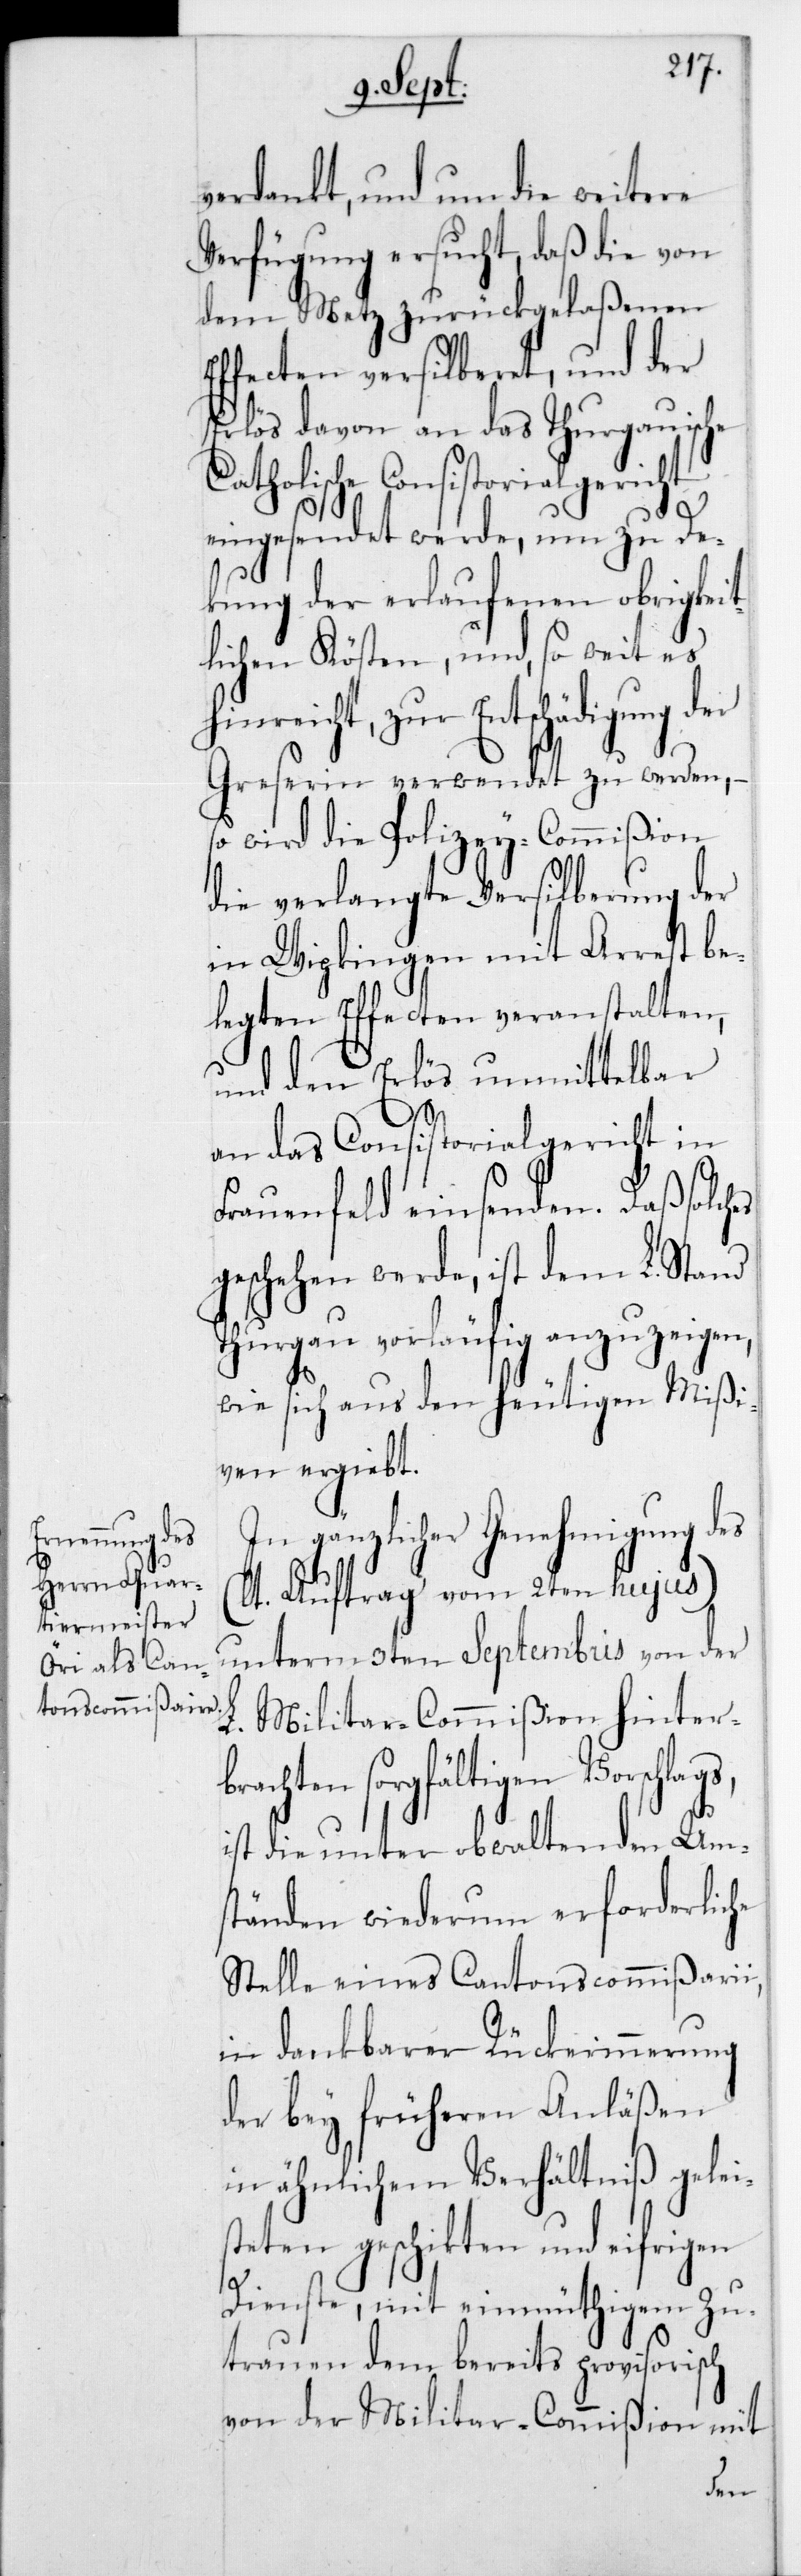
verdankt, und um die weitere
Verfügung ersucht, daß die von
dem Metz zurückgelaßenen
Effecten versilberet, und der
Erlös davon an das Thurgauische
Consistorialgericht
eingesendet werde, um zu Dec¬
kung der erlaufenen obrigkeit¬
lichen Kösten, und, so weit es
hinreicht, zur Entschädigung der
Greserin verwendet zu werden, –
wird die Polizey-Commißion
die verlangte Versilberung der
in Wipkingen mit Arrest be¬
legten Effecten veranstalten,
und den Erlös unmittelbar
an das Consistorialgericht in
Frauenfeld einsenden. Daß solches
geschehen werde, ist dem L. Stand
Thurgau vorläufig anzuzeigen,
wie sich aus den heutigen Mißi¬
ven ergiebt.
In gänzlicher Genehmigung des
Auftrag vom 2ten hujus)
unterm 3ten Septembris von der
L. MilitarCommißion hinter¬
brachten sorgfältigen Vorschlag¬
ist die unter obwaltenden Um¬
ständen wiederum erforderliche
Stelle eines Cantonscommißarii,
in dankbarer Rückerinnerung
der bey früheren Anläßen
in ähnlichem Verhältnis gelei¬
steten geschikten und eifrigen
Dienste, mit einmüthigem Zu¬
trauen dem bereits provisorisch
von der Militar-Commißion mit
s,